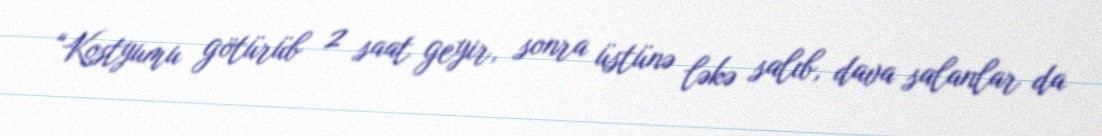
“Kostyumu götürüb 2 saat geyir, sonra üstünə ləkə salıb, dava salanlar da